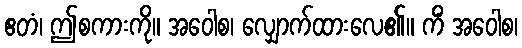
ဧတံ၊ ဤစကားကို။ အဝေါစ၊ လျှောက်ထားလေ၏။ ကိံ အဝေါစ၊